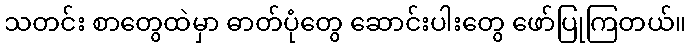
သတင်း စာတွေထဲမှာ ဓာတ်ပုံတွေ ဆောင်းပါးတွေ ဖော်ပြုကြတယ်။